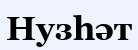
Нузһәт